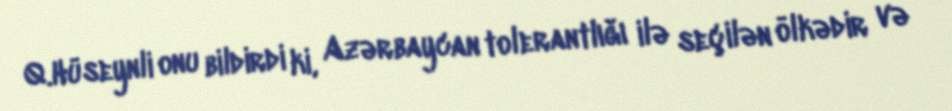
Q.Hüseynli onu bildirdi ki, Azərbaycan tolerantlığı ilə seçilən ölkədir və